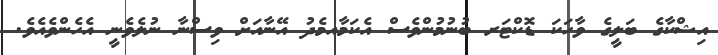
އިޝްކާގެ ބަލީގެ ވާހަކަ ޑޮކްޓަރ ބުނުމުންވެސް އެކަމާއމެދު އޭނާއަށް ވިސްނާ ނުލެވެނީ އެހެންވެއެވެ.